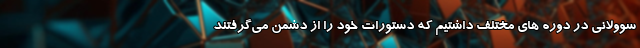
سوولانی در دوره های مختلف داشتیم که دستورات خود را از دشمن می‌گرفتند